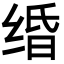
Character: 𦈏